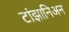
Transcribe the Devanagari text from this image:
टांझानिअन